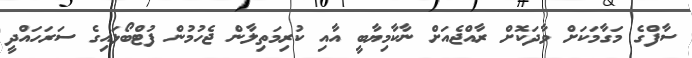
ސާފްގެ މަގާމަކަށް ވާދަކޮށް ރާއްޖެއަށް ނާކާމިޔާބީ އާއި ކުރިމަތިލާން ޖެހުމުން ފުޓްބޯޅައިގެ ސަރަހައްދީ